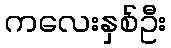
ကလေးနှစ်ဦး